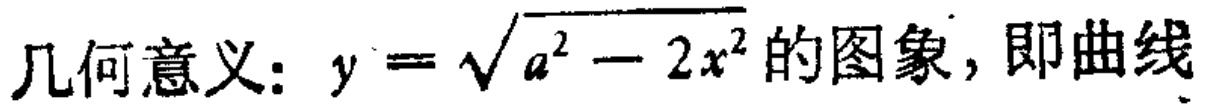
几何意义：$y = \sqrt{a^{2} - 2x^{2}}$的图象，即曲线